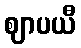
ဈာပယီ